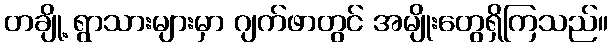
တချို့ ရွာသားများမှာ ဂျက်ဖာတွင် အမျိုးတွေရှိကြသည်။